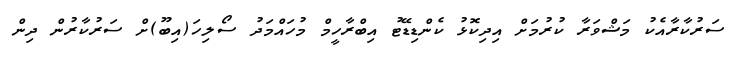
ސަރުކާރާއެކު މަޝްވަރާ ކުރުމަށް އިދިކޮޅު ކެންޑިޑޭޓު އިބްރާހީމް މުހައްމަދު ސޯލިހަ(އިބޫ)ށް ސަރުކާރުން ދިން